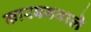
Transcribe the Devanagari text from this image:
कारबनवाले